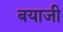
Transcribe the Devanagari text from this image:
बयाजी